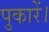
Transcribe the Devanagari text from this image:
पुकारें।